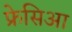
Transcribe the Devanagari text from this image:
फ्रेसिआ